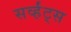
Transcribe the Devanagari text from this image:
सर्व्हंट्स